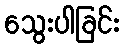
သွေးပါခြင်း